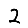
Digit: 2